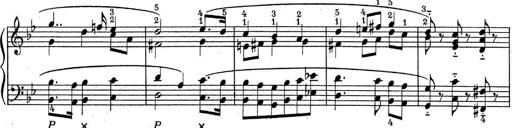
Title: ÄŒeskÃ© Sonatiny
Composer: Various